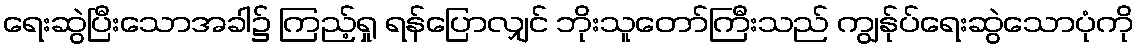
ရေးဆွဲပြီးသောအခါ၌ ကြည့်ရှု ရန်ပြောလျှင် ဘိုးသူတော်ကြီးသည် ကျွန်ုပ်ရေးဆွဲသောပုံကို